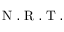
\mathrm { ~ N ~ . ~ R ~ . ~ T ~ . ~ }